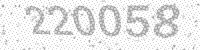
Solution: 220058